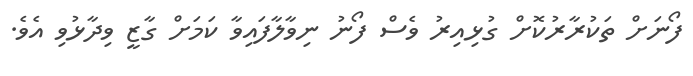
ފޯނަށް ތަކުރާރުކޮށް ގުޅިއިރު ވެސް ފޯނު ނިވާލާފައިވާ ކަމަށް ގާޒީ ވިދާޅުވި އެވެ.